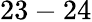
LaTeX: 23-24